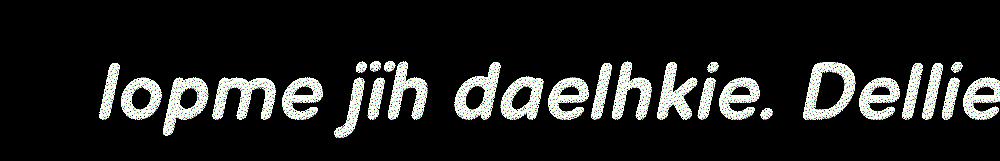
lopme jïh daelhkie. Dellie